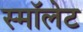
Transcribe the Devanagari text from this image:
स्माॅलेट